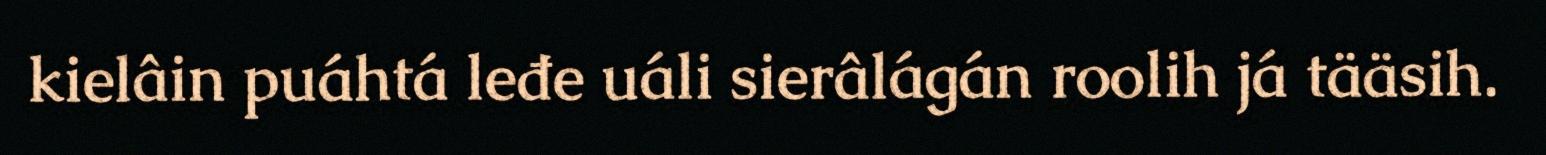
kielâin puáhtá leđe uáli sierâlágán roolih já tääsih.